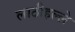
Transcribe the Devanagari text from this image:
लाठीहल्ले